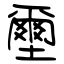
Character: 壐